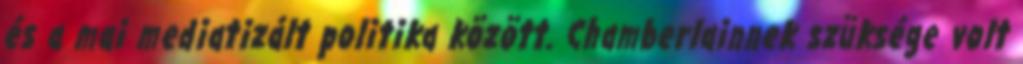
és a mai mediatizált politika között. Chamberlainnek szüksége volt